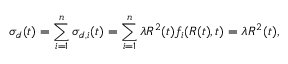
\sigma _ { d } ( t ) = \sum _ { i = 1 } ^ { n } \sigma _ { d , i } ( t ) = \sum _ { i = 1 } ^ { n } \lambda R ^ { 2 } ( t ) f _ { i } ( R ( t ) , t ) = \lambda R ^ { 2 } ( t ) ,